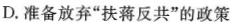
D.准备放弃”扶蒋反共”的政策